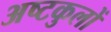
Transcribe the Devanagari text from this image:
अष्टकुलों